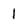
Character: 1